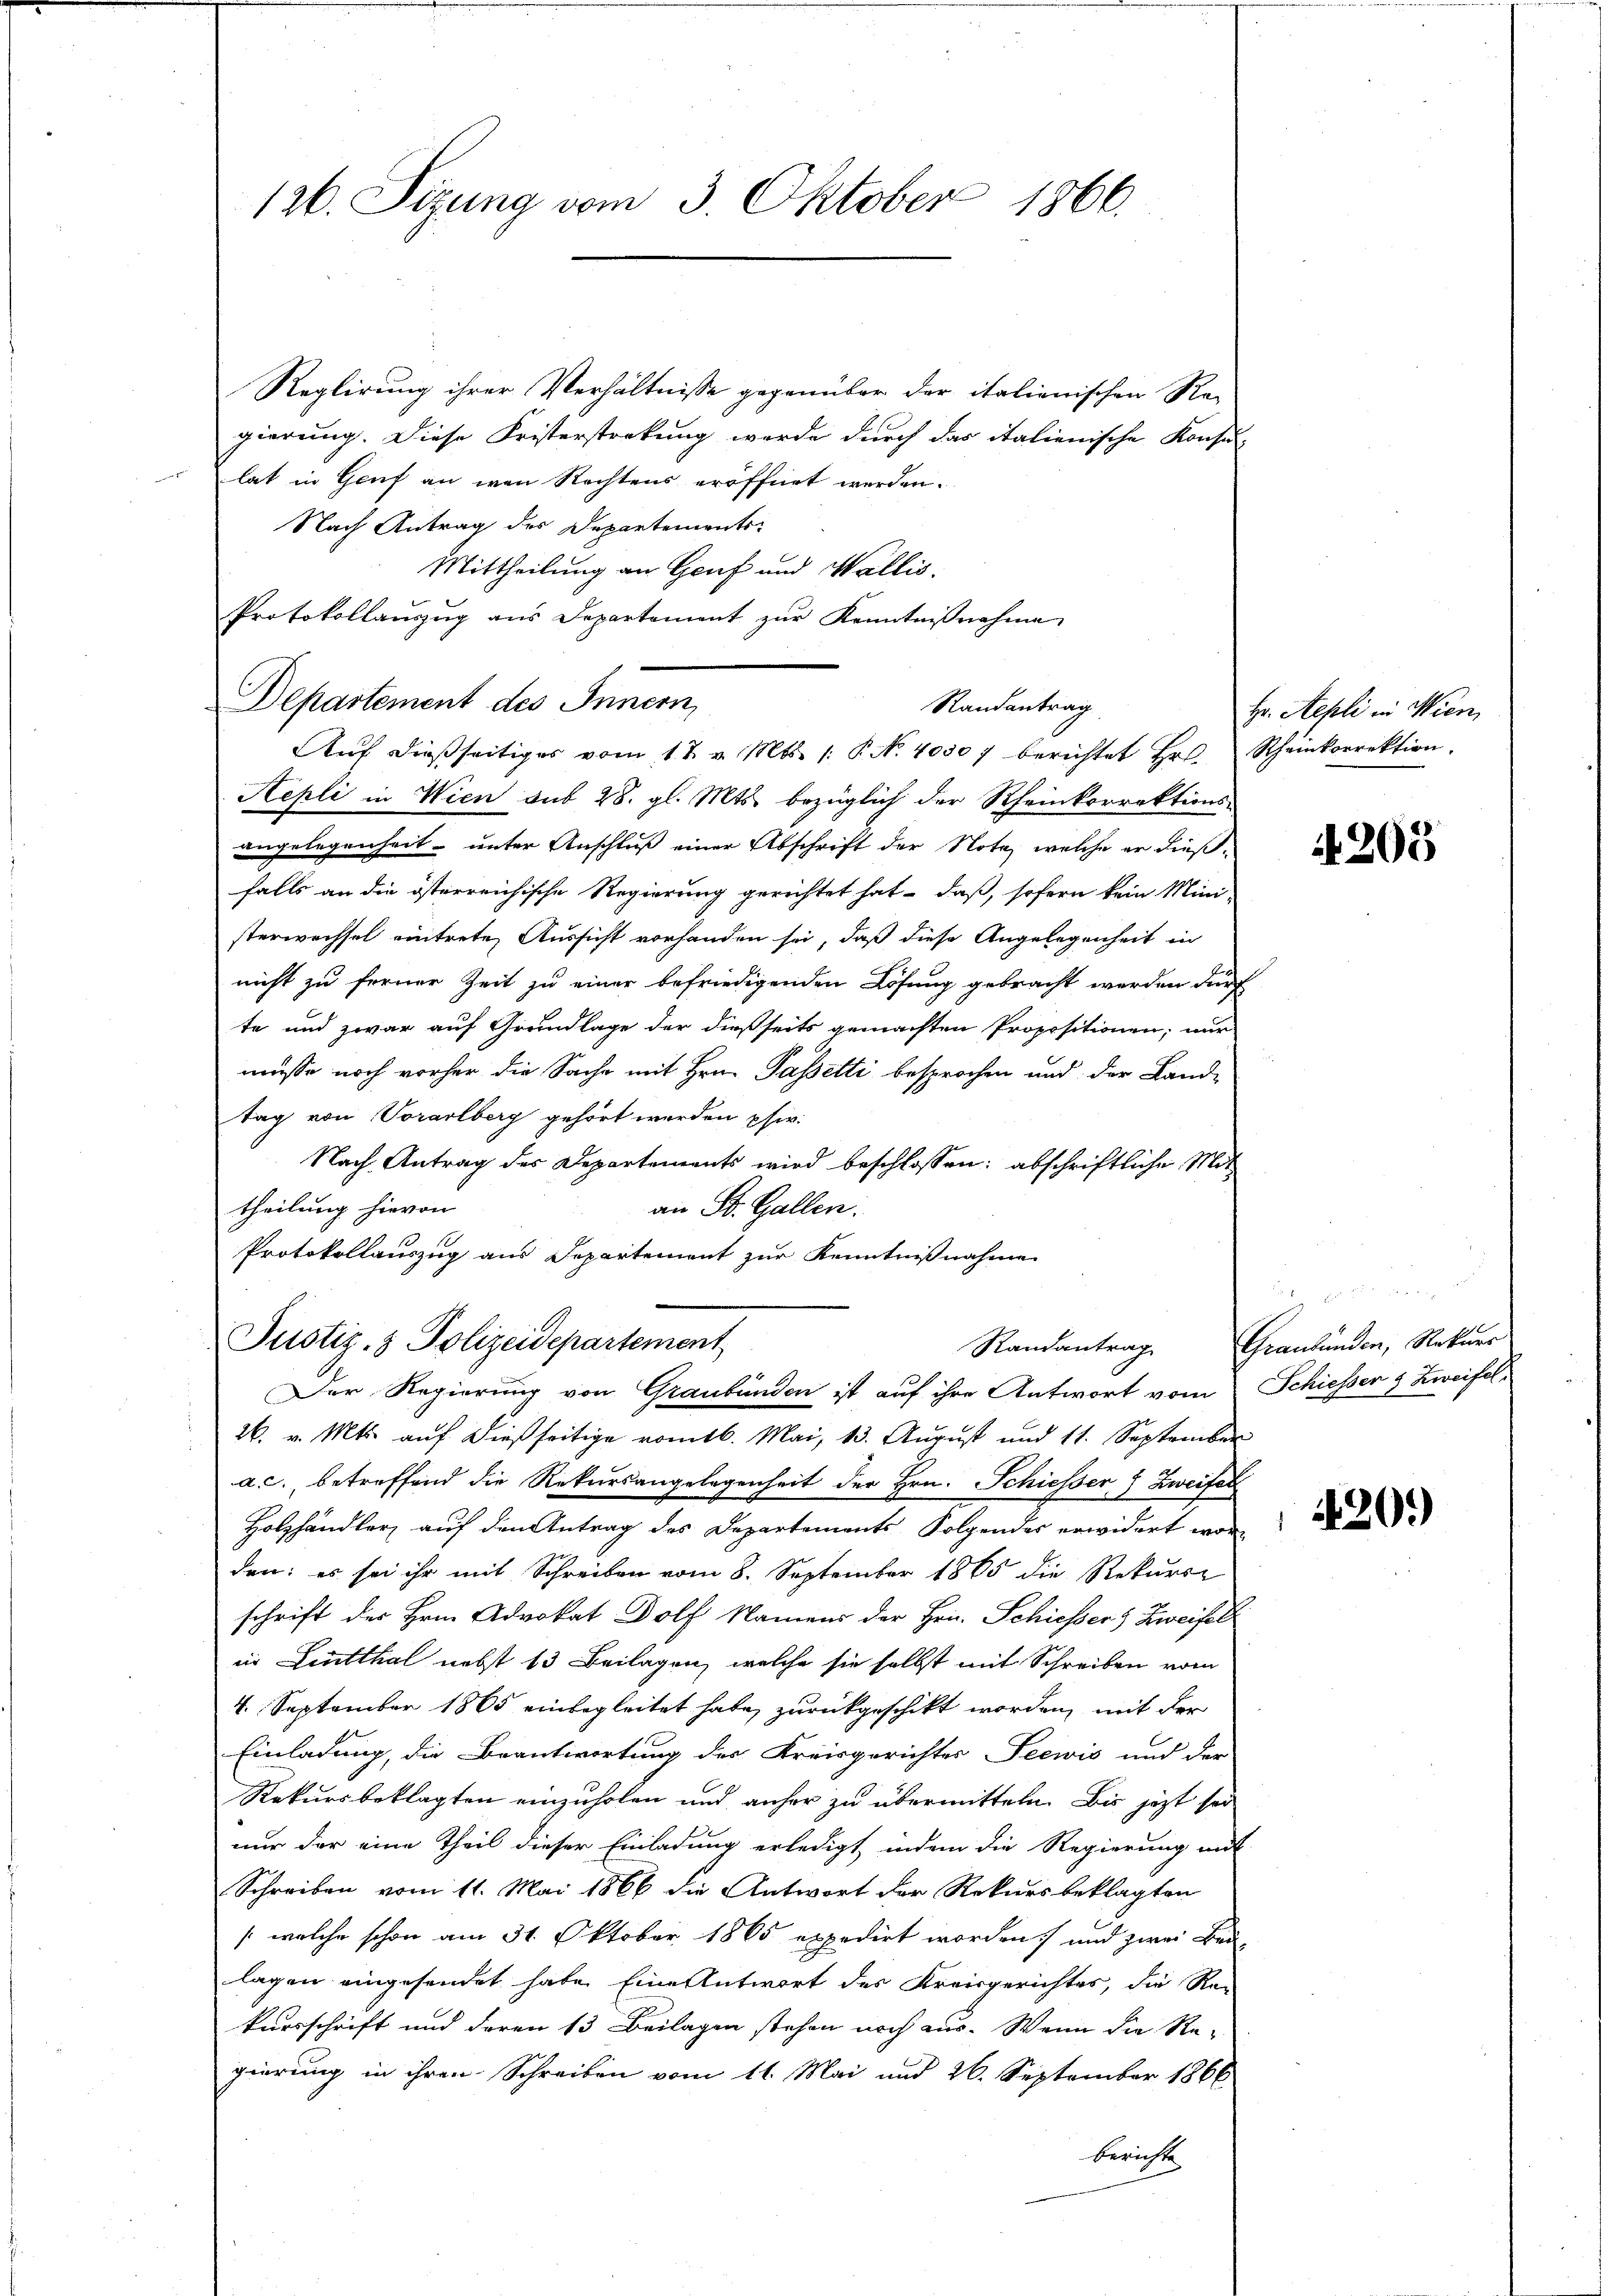
Reglirung ihrer Verhältnisse gegenüber der italienischen Regierung. Diese Fristersteckung werde durch das italienische Konsu
lat in Genf an wen Rechtens eröffnet werden.
Nach Antrag des Departements-
Mittheilung an Genf und Wallis,
Protokollaŭszŭg ans Departement zŭr Kenntnißnahme
Departement des Innern,
Aŭf dießseitiges vom 17. v. Mts. 1. P. N. 40507 berichtet Hr. Scheinkorrektion.
Aepli in Wien aus 28. gl. Mts. bezüglich der Rheinkorrektions-
angelegenheit unter Anschluß einer Abschrift der Note, welche er dießfalls an die österreichische Regierung gerichtet hat – daß, sofern kein Mini-
sterwechsel eintrete, Aussicht vorhanden sei, daß diese Angelegenheit in
nicht zu ferner Zeit zu einer befriedigenden Lösung gebracht werden durf
te und zwar auf Grundlage der dießseits gemachten Propositionen, wur
müsse noch vorher die Sache mit Hrn. Passetti besprochen und der Land-
tag von Vorarlberg gehört werden phi
Nach Antrag des Departements wird beschlossen: abschriftliche Mit
theilung hievon
an St. Gallen.
Protokollauszug aus Departement zur Kenntnißnahme
Justiz- & Polizeidepartement
Der Regierung von Graubünden ist auf ihre Antwort vom Schiesser & Zweifel,
26. v. Mts. auf dießseitige romtb. Mai, 13. August und 11. September
a.c. betreffend die Rekursangelegenheit der Hrn. Schiesser Zweifel
Holzhändler, auf den Antrag des Departements Folgendes erwidert worden: es sei ihr mit Schreiben vom 8. September 1865 die Rekurse
schrift des Hrn. Advokat Dolf Namens der Hrn. Schiesser Zweifel
in Leutthal nebst 13 Beilagen, welche sie selbst mit Schreiben vom
4. September 1865 einbegleitet habe, zurückgeschickt worden, mit der
Einladung, die Beantwortung des Kreisgerichtes Seewis und der
Rekursbeklagten einzuholen und anher zu übermitteln. Bis jetzt sei
nur der eine Theil dieser Einladung erledigt, indem die Regierung mit
Schreiben vom 11. Mai 1866 die Antwort der Rekursbeklagten
/: welche schon am 31. Oktober 1865 expedirt worden, und zwei Bei-
lagen eingesendet habe. Eine Antwort des Kreisgerichtes, die Rei
kursschrift und deren 13 Beilagen stehen noch aus. Wenn die Re-
gierung in ihren Schreiben vom 11. Mai und 26. September 1866
Berichte

126. Sizung vom 3. Oktober 1866.

Randantrag

Hr. Aepli in Wien,

205

i, so in der
Randantrag Graubünden, Rekurs

420.)